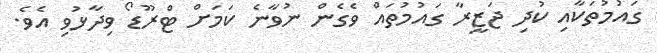
ގައުމުތަކާއި ކުދި ޖަޒީރާ ގައުމުތައް ވެގެން ނުވާނެ ކަމަށް ޓްރޫޑޯ ވިދާޅުވި އެވެ.